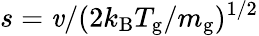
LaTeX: s=\mathit{v}/(2k_{\mathrm{{B}}}T_{\mathrm{{g}}}/m_{\mathrm{{g}}})^{1/2}